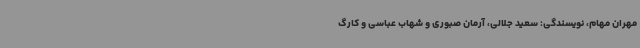
مهران مهام، نویسندگی: سعید جلالی، آرمان صبوری و شهاب عباسی و کارگ